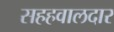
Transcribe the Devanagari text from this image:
सहहवालदार